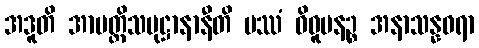
အဒူတိ အာပတ္တိသမုဋ္ဌာနာနီတိ ပဿံ ဝိဓူပနဉ္စ အနာသန္နဝရာ